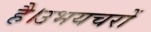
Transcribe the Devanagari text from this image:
है।उभयचरों